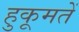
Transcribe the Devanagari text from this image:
हुकूमतें